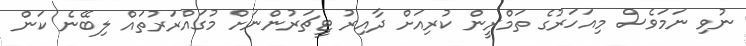
ނުވި ނަމަވެސް މިއަހަރުގެ ތަމްރީން ކުރިއަށް ދާއިރު ޓީޗަރުންނަށް މުގައްރަރުތައް ލިބޭނެ ކަން